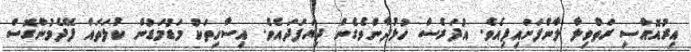
އިރުއޮއްސި ރަތްވިލާ ލާންފަށައިފިއެވެ. އުދަރެސް ހުޅުދާންވެގެން ދިޔަފަދައެވެ. އިސާހިތަކު މަޑުމަޑުން ކުލަތައް ފޭދެމުންގޮސް